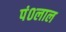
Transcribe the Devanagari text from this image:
पं०लाल